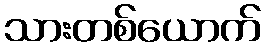
သားတစ်ယောက်